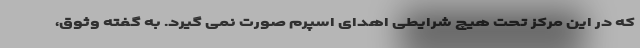
که در این مرکز تحت هیچ شرایطی اهدای اسپرم صورت نمی گیرد. به گفته وثوق،